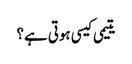
یتیمی کیسی ہوتی ہے؟